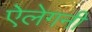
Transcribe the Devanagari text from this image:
ऐलेगनी